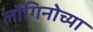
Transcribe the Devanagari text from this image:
लोंगिनोच्या